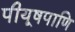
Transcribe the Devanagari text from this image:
पीयूषपाणि